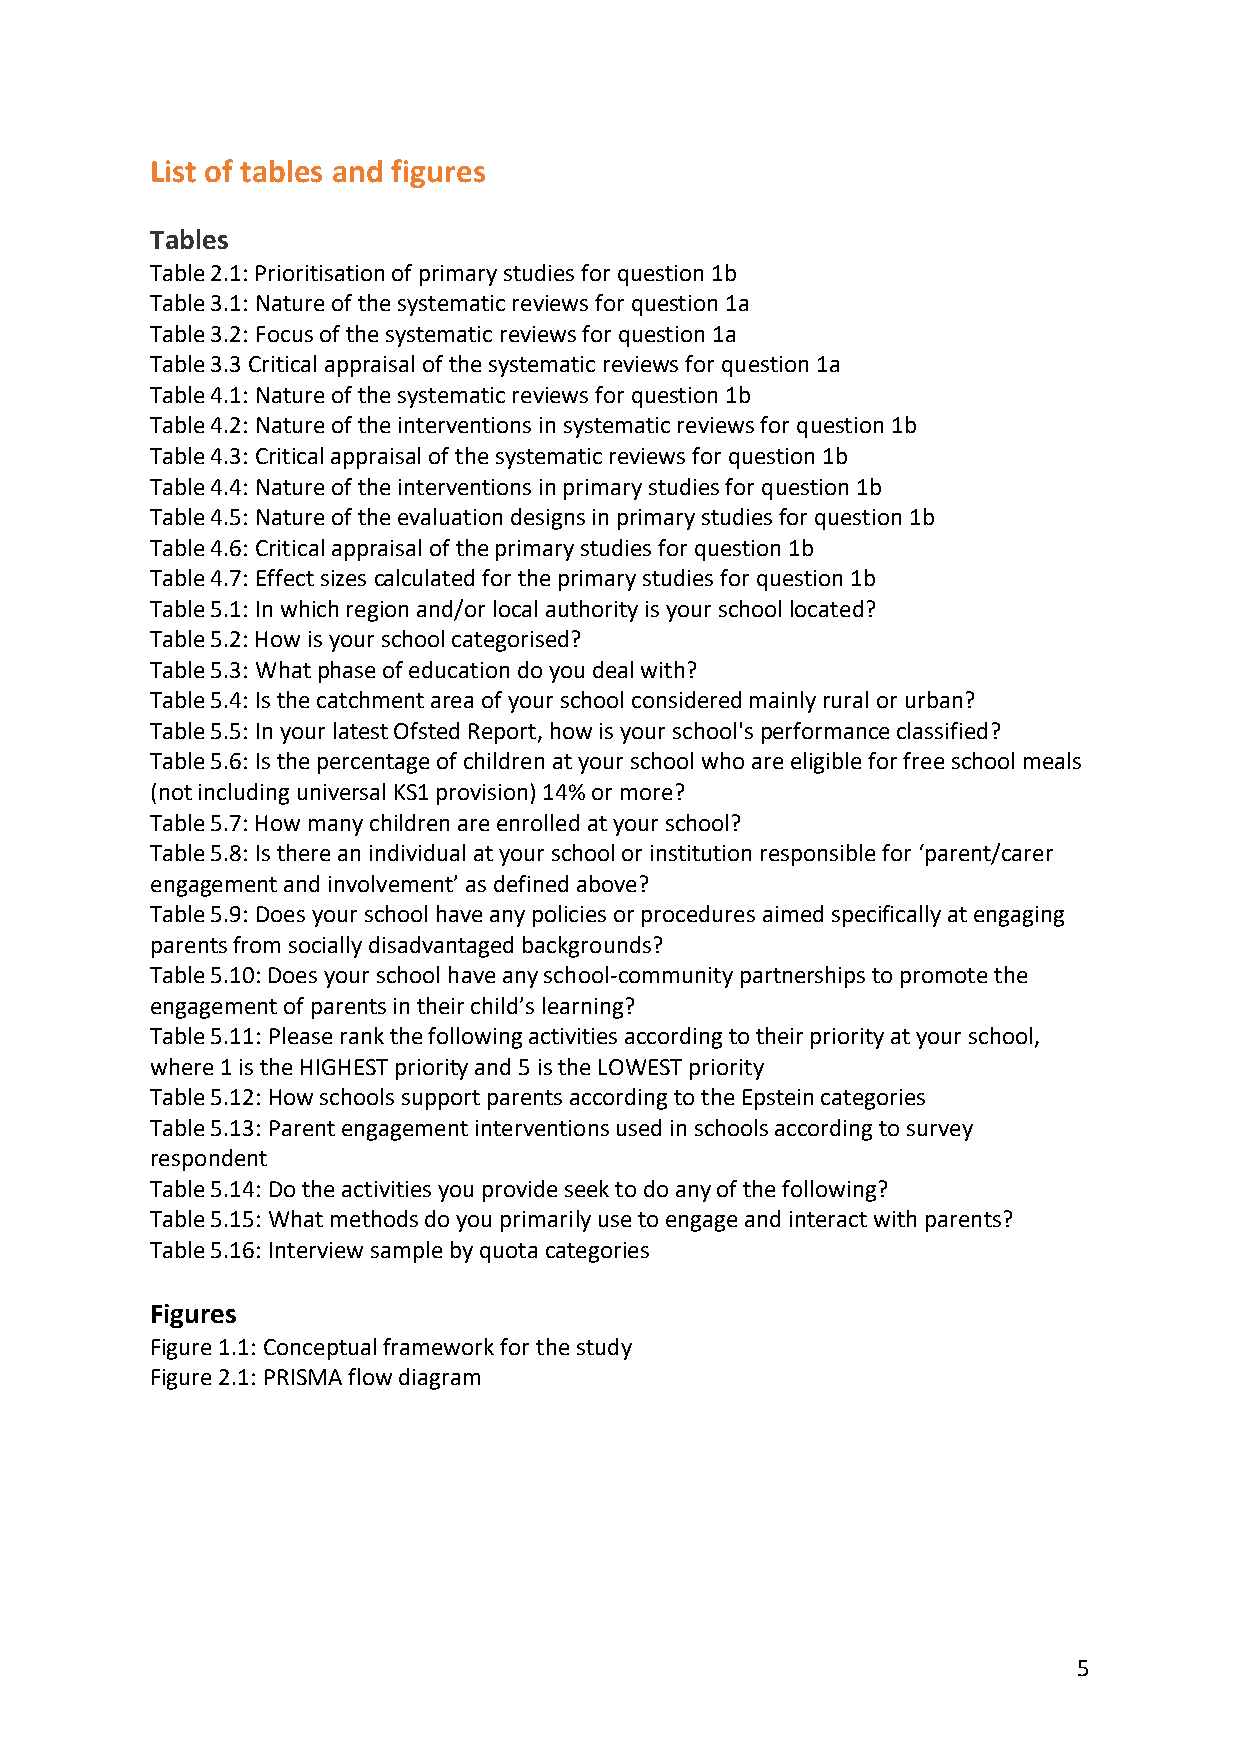
List of tables and figures
 Tables
 Table 2.1: Prioritisation of primary studies for question 1b
 Table 3.1: Nature of the systematic reviews for question 1a
 Table 3.2: Focus of the systematic reviews for question 1a
 Table 3.3 Critical appraisal of the systematic reviews for question 1a
 Table 4.1: Nature of the systematic reviews for question 1b
 Table 4.2: Nature of the interventions in systematic reviews for question 1b
 Table 4.3: Critical appraisal of the systematic reviews for question 1b
 Table 4.4: Nature of the interventions in primary studies for question 1b
 Table 4.5: Nature of the evaluation designs in primary studies for question 1b
 Table 4.6: Critical appraisal of the primary studies for question 1b
 Table 4.7: Effect sizes calculated for the primary studies for question 1b
 Table 5.1: In which region and/or local authority is your school located?
 Table 5.2: How is your school categorised?
 Table 5.3: What phase of education do you deal with?
 Table 5.4: Is the catchment area of your school considered mainly rural or urban?
 Table 5.5: In your latest Ofsted Report, how is your school's performance classified?
 Table 5.6: Is the percentage of children at your school who are eligible for free school meals
 (not including universal KS1 provision) 14% or more?
 Table 5.7: How many children are enrolled at your school?
 Table 5.8: Is there an individual at your school or institution responsible for ‘parent/carer
 engagement and involvement’ as defined above?
 Table 5.9: Does your school have any policies or procedures aimed specifically at engaging
 parents from socially disadvantaged backgrounds?
 Table 5.10: Does your school have any school-community partnerships to promote the
 engagement of parents in their child’s learning?
 Table 5.11: Please rank the following activities according to their priority at your school,
 where 1 is the HIGHEST priority and 5 is the LOWEST priority
 Table 5.12: How schools support parents according to the Epstein categories
 Table 5.13: Parent engagement interventions used in schools according to survey
 respondent
 Table 5.14: Do the activities you provide seek to do any of the following?
 Table 5.15: What methods do you primarily use to engage and interact with parents?
 Table 5.16: Interview sample by quota categories
 Figures
 Figure 1.1: Conceptual framework for the study
 Figure 2.1: PRISMA flow diagram
 5